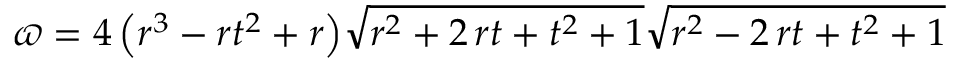
\varpi = 4 \, { \left( r ^ { 3 } - r t ^ { 2 } + r \right) } \sqrt { r ^ { 2 } + 2 \, r t + t ^ { 2 } + 1 } \sqrt { r ^ { 2 } - 2 \, r t + t ^ { 2 } + 1 }